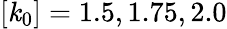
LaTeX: [\mathit{k}_{0}]=1.5,1.75,2.0